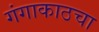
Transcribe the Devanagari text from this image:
गंगाकाठचा